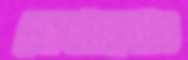
জেলাগুলোও